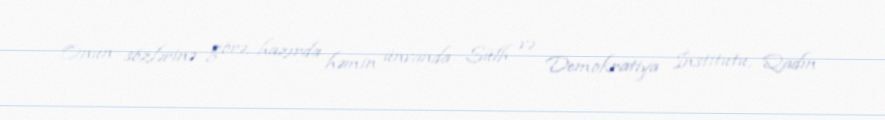
Onun sözlərinə görə, hazırda həmin ünvanda Sülh və Demokratiya İnstitutu, Qadın